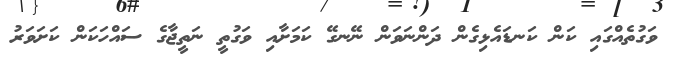
ވަގުތެއްގައި ކަން ކަނޑައެޅިގެން ދަންނަވަން ނޭނގޭ ކަމަށާއި ވަގުތީ ނަތީޖާގެ ސައްހަކަން ކަށަވަރު